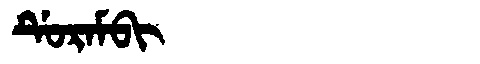
Manchu: ᡩᡠᡵᠠᠮᠪᡳ
Romanization: DURAMBI